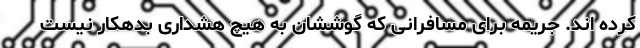
کرده اند. جريمه برای مسافرانی که گوششان به هيچ هشداری بدهکار نيست